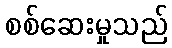
စစ်ဆေးမှုသည်